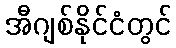
အီဂျစ်နိုင်ငံတွင်